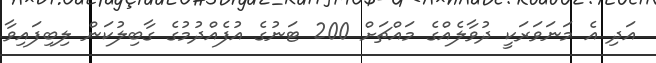
އަދި އެ މަނަވަރަކީ ދުވާލެއްގެ މައްޗަށް 200 ޓަނުގެ އުފެއްދުމުގެ ގާބިލުކަން ލިބިފައިވާ